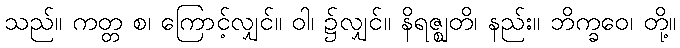
သည်။ ကတ္တ စ၊ ကြောင့်လျှင်။ ဝါ၊ ၌လျှင်။ နိရဇ္ဈတိ၊ နည်း။ ဘိက္ခဝေ၊ တို့။